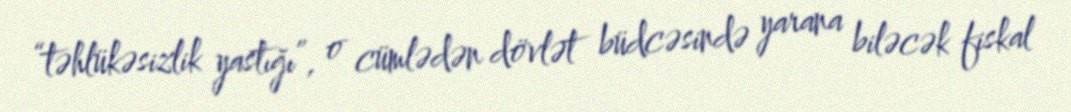
“təhlükəsizlik yastığı”, o cümlədən dövlət büdcəsində yarana biləcək fiskal